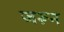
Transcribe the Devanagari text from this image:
जरून